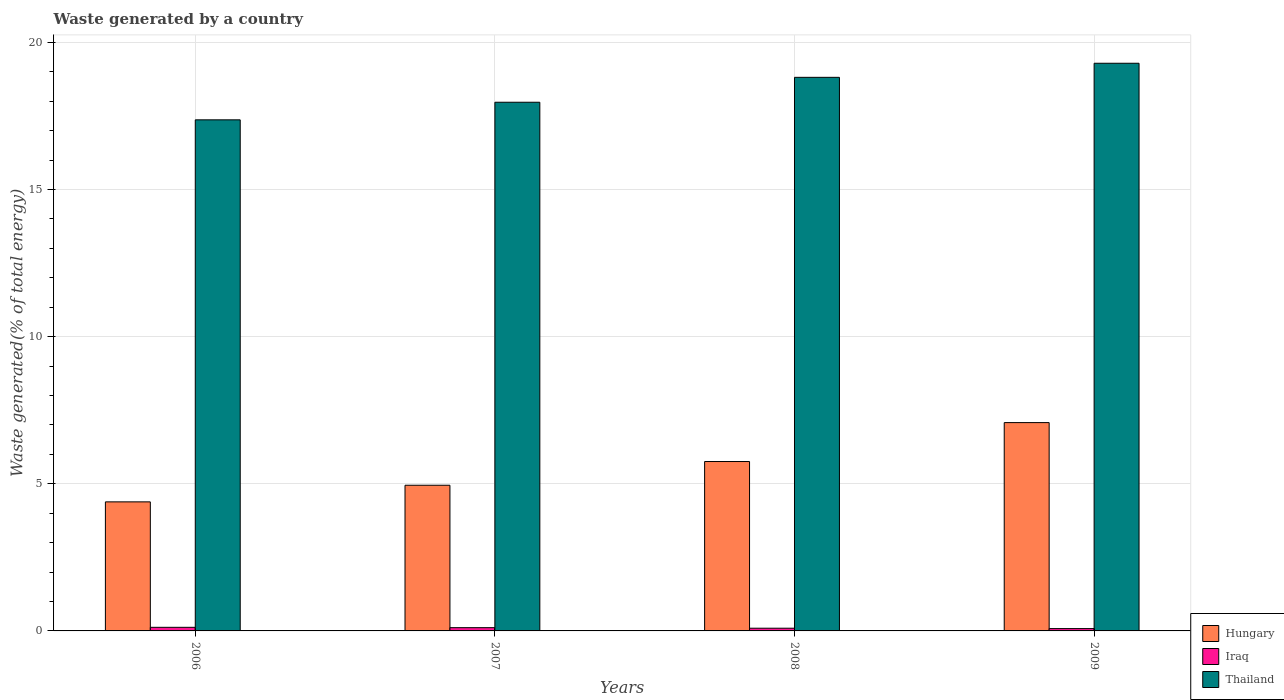
| Years | Hungary | Iraq | Thailand |
 | --- | --- | --- | --- |
 | 2006 | 4.39 | 0.122 | 17.4 |
 | 2007 | 4.95 | 0.111 | 18 |
 | 2008 | 5.76 | 0.0922 | 18.8 |
 | 2009 | 7.08 | 0.0791 | 19.3 |